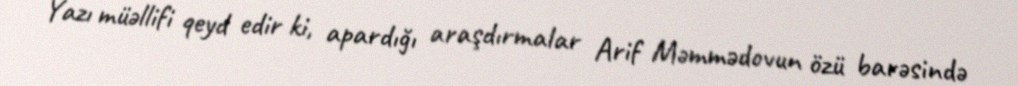
Yazı müəllifi qeyd edir ki, apardığı araşdırmalar Arif Məmmədovun özü barəsində